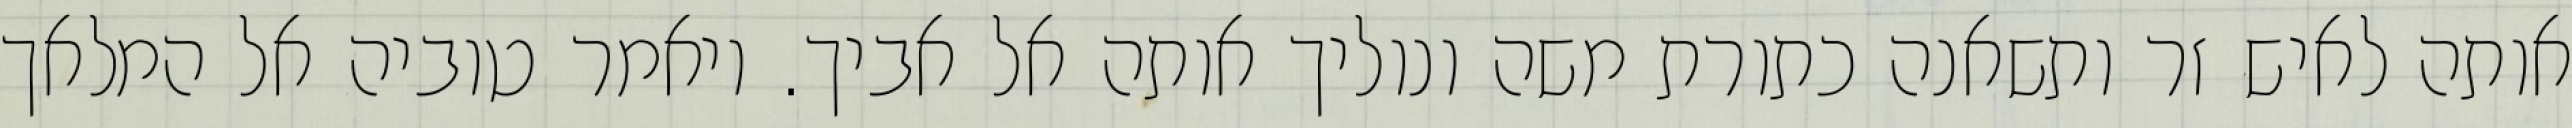
אותה לאיש זר ותשאנה כתורת משה ונוליך אותה אל אביך. ויאמר טוביה אל המלאך